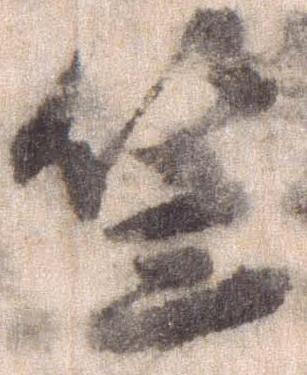
笠